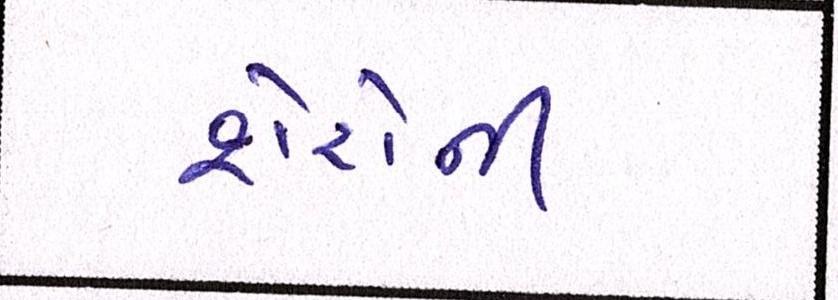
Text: શેરોની